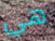
هي